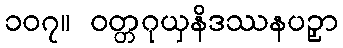
၁၀၇။ ဝတ္တဂုယှနိဒဿနပဉှာ